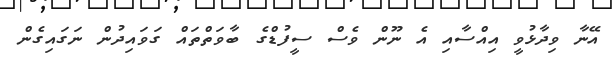
އޭނާ ވިދާޅުވީ އިއްސާއި އެ ނޫން ވެސް ސީފުޑްގެ ބާވަތްތައް ގަވައިދުން ނަގައިގެން